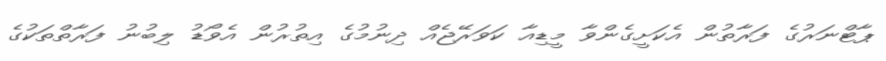
ޕާޓްނަރުގެ ފަރާތުން އެކަށީގެންވާ މީޑިއާ ކަވަރޭޖެއް ދިނުމުގެ އިތުރުން އެވޯޑު ލިބުނު ފަރާތްތަކުގެ